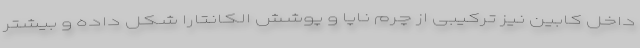
داخل کابین نیز ترکیبی از چرم ناپا و پوشش الکانتارا شکل داده و بیشتر